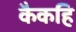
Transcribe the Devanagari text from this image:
कैकहि